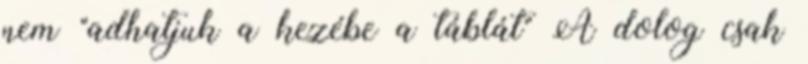
nem "adhatjuk a kezébe a táblát" A dolog csak